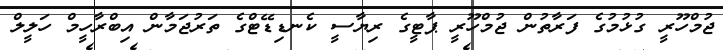
ޖުމްހޫރީ ގުޅުމުގެ ފަރާތުން ޖުމްހޫރީ ޕާޓީގެ ރިޔާސީ ކެނޑިޑޭޓްގެ ތަރުޖަމާން އިބްރާހީމް ހަލީލް